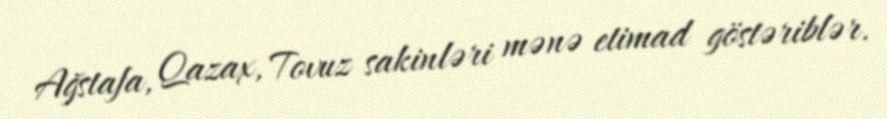
Ağstafa, Qazax, Tovuz sakinləri mənə etimad göstəriblər.